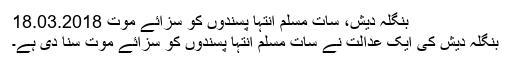
بنگلہ دیش، سات مسلم انتہا پسندوں کو سزائے موت 18.03.2018
بنگلہ دیش کی ایک عدالت نے سات مسلم انتہا پسندوں کو سزائے موت سنا دی ہے۔